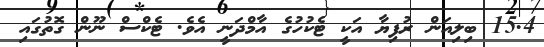
15.4 ބިލިއަން ރުފިޔާ އަކީ ޓެކުހުގެ އާމްދަނީ އެވެ. ޓެކްސް ނޫން ގޮތުގައި